Civil Veterinary Department Bengal reports 1923-33 - 1923-1933
Year: 1923
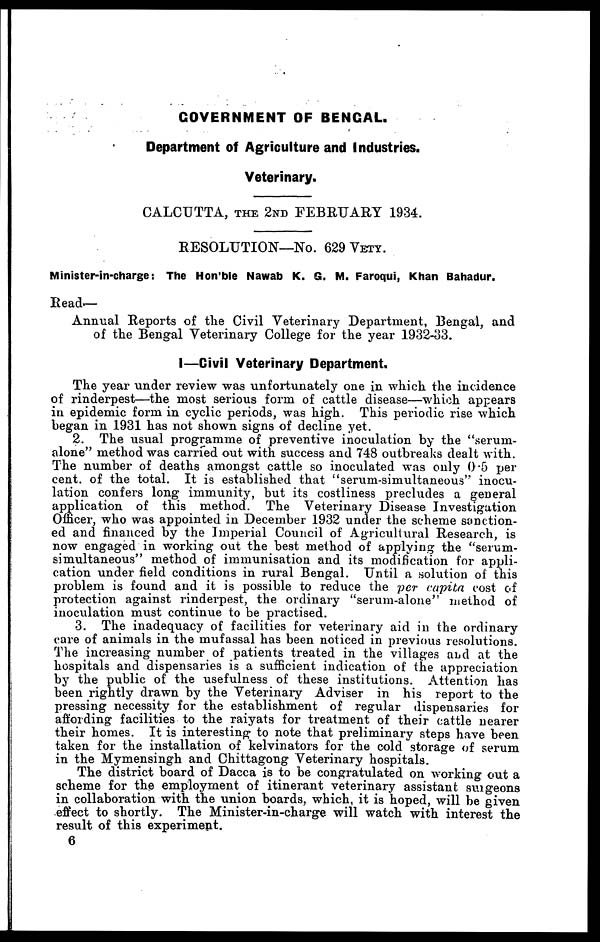
GOVERNMENT OF BENGAL.
Department of Agriculture and Industries.
Veterinary.
CALCUTTA, THE 2ND FEBRUARY 1934.
RESOLUTION—No. 629 VETY.
Minister-in-charge: The Hon'ble Nawab K. G. M. Faroqui, Khan Bahadur.
Read—
Annual Reports of the Civil Veterinary Department, Bengal, and
of the Bengal Veterinary College for the year 1932-33.
I—Civil Veterinary Department.
The year under review was unfortunately one in which the incidence
of rinderpest—the most serious form of cattle disease—which appears
in epidemic form in cyclic periods, was high. This periodic rise which
began in 1931 has not shown signs of decline yet.
2. The usual programme of preventive inoculation by the "serum-
alone" method was carried out with success and 748 outbreaks dealt with.
The number of deaths amongst cattle so inoculated was only 0.5 per
cent. of the total. It is established that "serum-simultaneous" inocu-
lation confers long immunity, but its costliness precludes a general
application of this method. The Veterinary Disease Investigation
Officer, who was appointed in December 1932 under the scheme sanction-
ed and financed by the Imperial Council of Agricultural Research, is
now engaged in working out the best method of applying the "serum-
simultaneous" method of immunisation and its modification for appli-
cation under field conditions in rural Bengal. Until a solution of this
problem is found and it is possible to reduce the per capita cost of
protection against rinderpest, the ordinary "serum-alone" method of
inoculation must continue to be practised.
3. The inadequacy of facilities for veterinary aid in the ordinary
care of animals in the mufassal has been noticed in previous resolutions.
The increasing number of patients treated in the villages and at the
hospitals and dispensaries is a sufficient indication of the appreciation
by the public of the usefulness of these institutions. Attention has
been rightly drawn by the Veterinary Adviser in his report to the
pressing necessity for the establishment of regular dispensaries for
affording facilities to the raiyats for treatment of their cattle nearer
their homes. It is interesting to note that preliminary steps have been
taken for the installation of kelvinators for the cold storage of serum
in the Mymensingh and Chittagong Veterinary hospitals.
The district board of Dacca is to be congratulated on working out a
scheme for the employment of itinerant veterinary assistant surgeons
in collaboration with the union boards, which, it is hoped, will be given
effect to shortly. The Minister-in-charge will watch with interest the
result of this experiment.
6